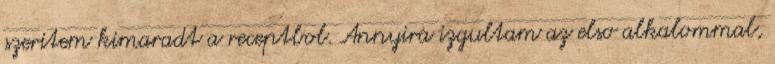
szeritem kimaradt a receptbol. Annyira izgultam az elso alkalommal,